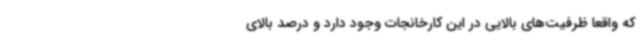
که واقعاً ظرفیت‌های بالایی در این کارخانجات وجود دارد و درصد بالای